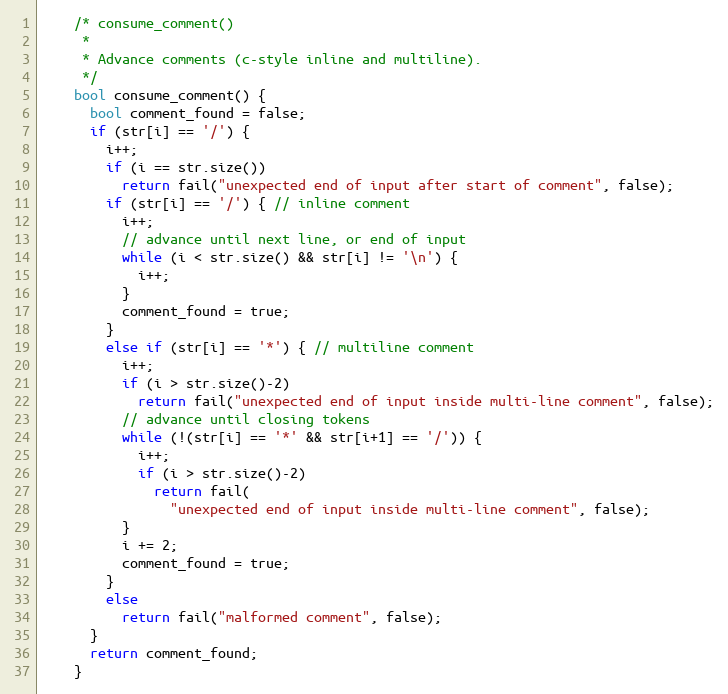
Language: C++
    /* consume_comment()
     *
     * Advance comments (c-style inline and multiline).
     */
    bool consume_comment() {
      bool comment_found = false;
      if (str[i] == '/') {
        i++;
        if (i == str.size())
          return fail("unexpected end of input after start of comment", false);
        if (str[i] == '/') { // inline comment
          i++;
          // advance until next line, or end of input
          while (i < str.size() && str[i] != '\n') {
            i++;
          }
          comment_found = true;
        }
        else if (str[i] == '*') { // multiline comment
          i++;
          if (i > str.size()-2)
            return fail("unexpected end of input inside multi-line comment", false);
          // advance until closing tokens
          while (!(str[i] == '*' && str[i+1] == '/')) {
            i++;
            if (i > str.size()-2)
              return fail(
                "unexpected end of input inside multi-line comment", false);
          }
          i += 2;
          comment_found = true;
        }
        else
          return fail("malformed comment", false);
      }
      return comment_found;
    }